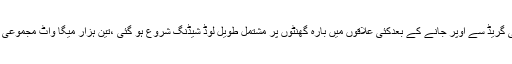
2014ء)جنوبی پنجاب اور سندھ میں درجہ حرارت تیس ڈگری سینٹی گریڈ سے اوپر جانے کے بعدکئی علاقوں میں بارہ گھنٹوں پر مشتمل طویل لوڈ شیڈنگ شروع ہو گئی ،تین ہزار میگا واٹ مجموعی پیداوار کے حامل کچھ بجلی گھر مختلف وجوہات کی بنا پر بند رہے۔